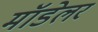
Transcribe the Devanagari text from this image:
मॉडेलर